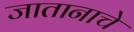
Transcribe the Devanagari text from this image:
जातानाचे